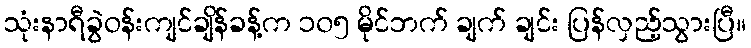
သုံးနာရီခွဲဝန်းကျင်ချိန်ခန့်က ၁၀၅ မိုင်ဘက် ချက် ချင်း ပြန်လှည့်သွားပြီ။